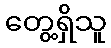
တွေ့ရှိသူ